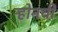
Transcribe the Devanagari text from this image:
ऱ्होनची